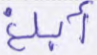
أبلغ